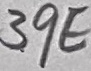
Text: 39E